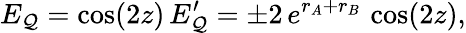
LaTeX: E_{\mathcal{Q}}=\cos(2z)\, E_{\mathcal{Q}}^{\prime}=\pm2\, e^{r_{A}+r_{B}}\, \cos(2z),